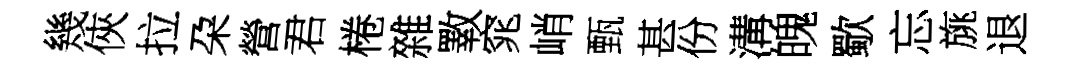
幾俠拉朶營君棬雜斁窕峭甄甚份溝魄歜忘旐退